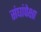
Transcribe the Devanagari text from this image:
संघांपेक्षा